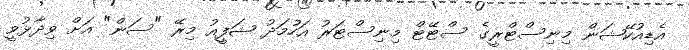
އެޑިއުކޭޝަން މިނިސްޓްރީގެ ސްޓޭޓް މިނިސްޓަރު އަހުމަދު ޝަފީއު މިރޭ "ސަން" އަށް ވިދާޅުވީ